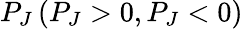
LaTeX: P_{J}\left(P_{J}>0,P_{J}<0\right)